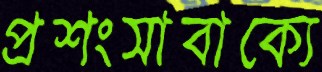
প্রশংসাবাক্যে